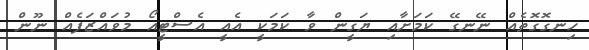
ހިނގޮގޮތެއް ނޭނގޭ ކަމަށާއި ޔަގީން ވާ ކަމަކީ އެއީ އެސްޓީއޯ މުވައްޒަފެއް ނޫން